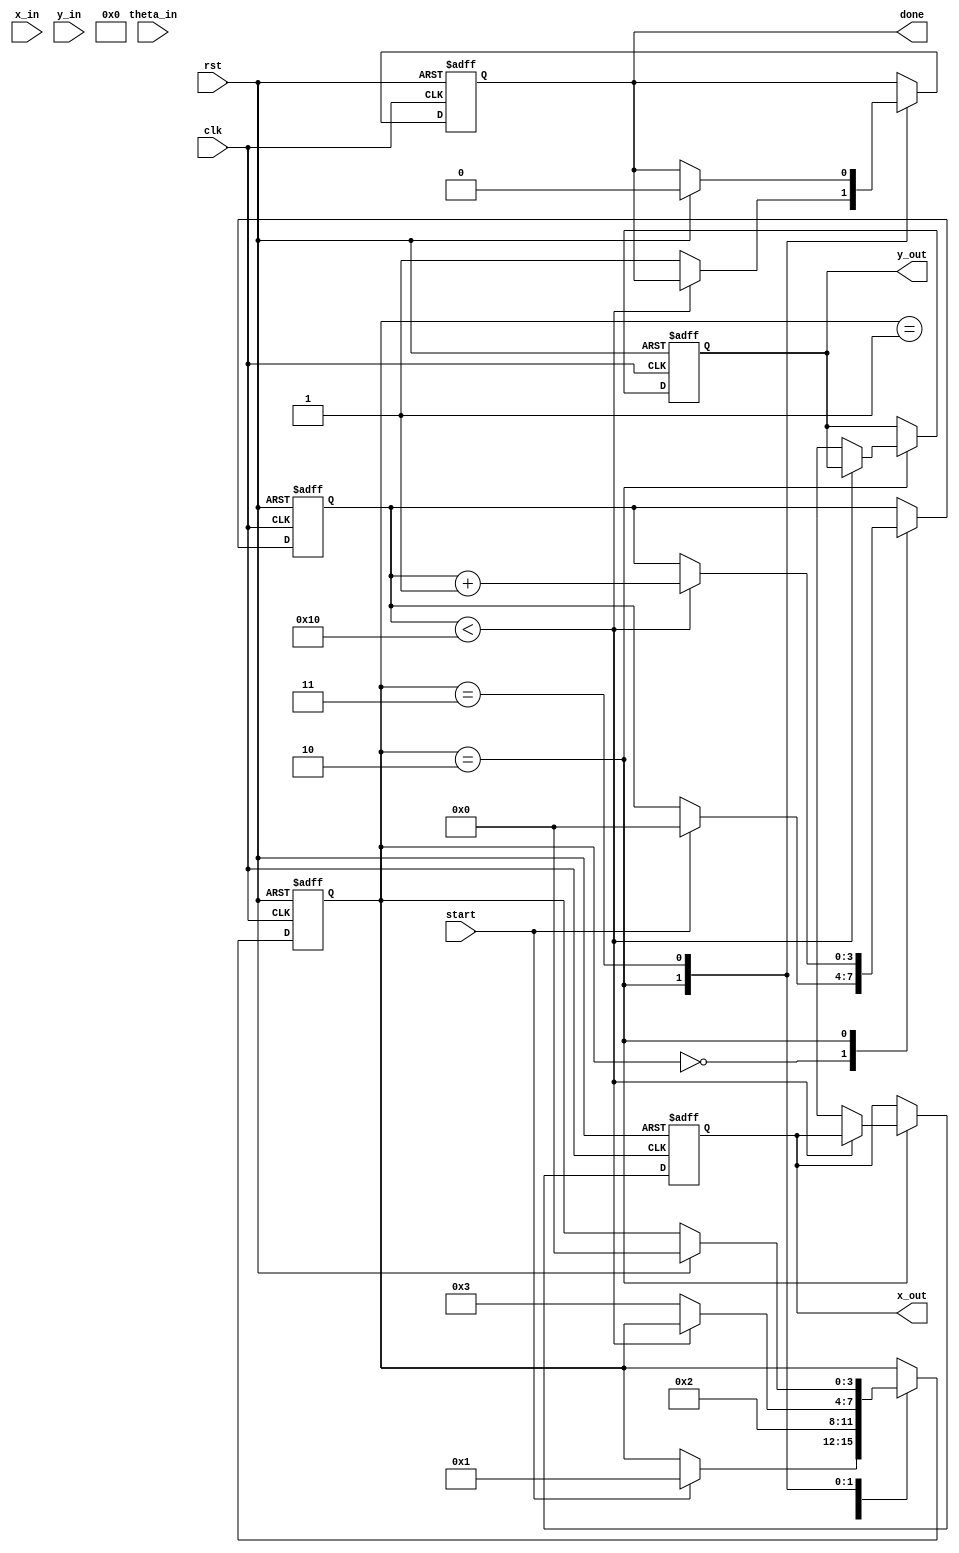
module cordic (
    input clk,
    input rst,
    input start,
    input signed [15:0] x_in,   // Input x-coordinate
    input signed [15:0] y_in,   // Input y-coordinate
    input signed [15:0] theta_in, // Input angle for rotation
    output reg signed [15:0] x_out, // Output x-coordinate
    output reg signed [15:0] y_out, // Output y-coordinate
    output reg done
);

    parameter NUM_ITERATIONS = 16;
    
    reg signed [15:0] x [0:NUM_ITERATIONS-1]; // Register array for x
    reg signed [15:0] y [0:NUM_ITERATIONS-1]; // Register array for y
    reg signed [15:0] theta [0:NUM_ITERATIONS-1]; // Register array for angles
    reg [3:0] iteration; // Iteration counter
    reg [3:0] state; // State machine for control logic

    // CORDIC gain factor precomputed values (fixed-point)
    reg signed [15:0] gain_factor = 16'h26DD; // Example gain factor

    // Angle lookup table (fixed-point representation)
    reg signed [15:0] angle_table [0:NUM_ITERATIONS-1];

    initial begin
        angle_table[0] = 16'h3FF2; // atan(1) in fixed-point
        angle_table[1] = 16'h3FB6; // atan(0.5)
        angle_table[2] = 16'h3F6D; // atan(0.25)
        // Initialize other angles as needed
    end

    // State Definitions
    localparam IDLE = 0, INIT = 1, COMPUTE = 2, DONE = 3;

    always @(posedge clk or posedge rst) begin
        if (rst) begin
            x_out <= 0;
            y_out <= 0;
            done <= 0;
            iteration <= 0;
            state <= IDLE;
        end else begin
            case (state)
                IDLE: begin
                    if (start) begin
                        x[0] <= x_in;
                        y[0] <= y_in;
                        theta[0] <= theta_in;
                        iteration <= 0;
                        state <= INIT;
                    end
                end
                
                INIT: begin
                    x[iteration] <= x[0];
                    y[iteration] <= y[0];
                    theta[iteration] <= theta[0];
                    state <= COMPUTE;
                end
                
                COMPUTE: begin
                    if (iteration < NUM_ITERATIONS) begin
                        if (theta[iteration] < 0) begin
                            // Perform rotation in the negative direction
                            x[iteration+1] <= x[iteration] + (y[iteration] >> iteration);
                            y[iteration+1] <= y[iteration] - (x[iteration] >> iteration);
                            theta[iteration+1] <= theta[iteration] + angle_table[iteration];
                        end else begin
                            // Perform rotation in the positive direction
                            x[iteration+1] <= x[iteration] - (y[iteration] >> iteration);
                            y[iteration+1] <= y[iteration] + (x[iteration] >> iteration);
                            theta[iteration+1] <= theta[iteration] - angle_table[iteration];
                        end
                        iteration <= iteration + 1;
                    end else begin
                        // Apply scaling factor
                        x_out <= x[NUM_ITERATIONS] * gain_factor >> 15; // Scale by gain
                        y_out <= y[NUM_ITERATIONS] * gain_factor >> 15; // Scale by gain
                        done <= 1;
                        state <= DONE;
                    end
                end
                
                DONE: begin
                    // Stay in done state until reset
                    if (rst) begin
                        state <= IDLE;
                        done <= 0;
                    end
                end
            endcase
        end
    end

endmodule